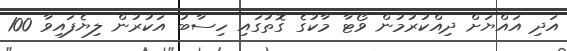
އަދި އައްޔަށް ދިއްކުރުމުން ވޯޓާ މާކުގެ ގޮތުގައި ހިސާބު އަކުރުން ލިޔެފައިވާ 100